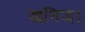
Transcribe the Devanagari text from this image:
खनिज।